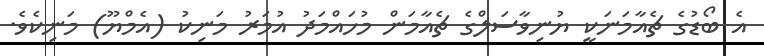
އެ ބޯޑުގެ ޗެއާމަނަކީ ޔުނިވާސަލްގެ ޗެއާމަން މުހައްމަދު އުމަރު މަނިކު (އެމްޔޫ) މަނިކެވެ.